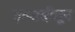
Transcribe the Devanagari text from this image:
इत्यादीतून